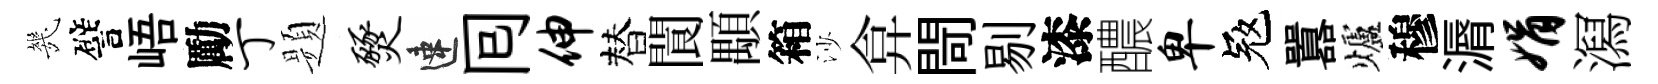
㡬譬峿勵丁题燹速囘伸替閬顒箱沙弇閜剔漆醲卑冦囂爐穆漘娟㵼